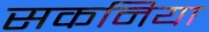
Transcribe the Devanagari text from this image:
सकनिया